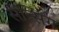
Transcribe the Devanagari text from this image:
सेंन्सिंग